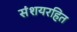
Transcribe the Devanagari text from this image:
संशयरहित